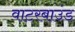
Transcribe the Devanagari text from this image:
वाटरबाउंड